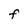
Character: F